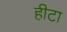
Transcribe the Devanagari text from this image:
हीटा